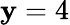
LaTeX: \mathbf{y}=4